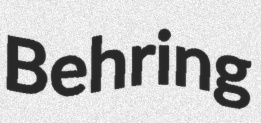
Behring